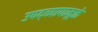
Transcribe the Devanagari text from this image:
उपद्व्यापामुळे